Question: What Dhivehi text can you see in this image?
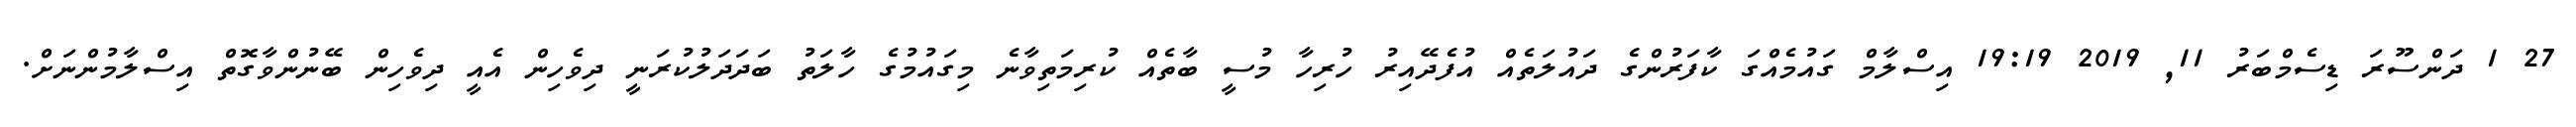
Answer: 27 1 ދަންސޫރަ ޑިސެމްބަރު 11, 2019 19:19 އިސްލާމް ގައުމެއްގަ ކާފަރުންގެ ދައުލަތެއް އުފެދޭއިރު ހުރިހާ މުސީ ބާތެއް ކުރިމަތިވާނެ މިގައުމުގެ ހާލަތު ބަދަދަލުކުރަނީ ދިވެހިން އެއީ ދިވެހިން ބޭނުންވާގޮތް އިސްލާމުންނަށް.